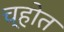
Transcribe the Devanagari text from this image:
च्होत